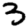
Digit: 3